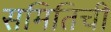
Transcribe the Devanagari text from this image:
समितिची